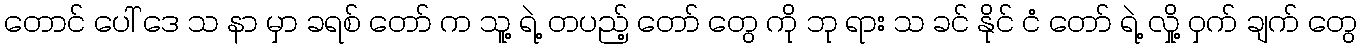
တောင် ပေါ် ဒေ သ နာ မှာ ခရစ် တော် က သူ့ ရဲ့ တပည့် တော် တွေ ကို ဘု ရား သ ခင် နိုင် ငံ တော် ရဲ့ လှို့ ဝှက် ချက် တွေ